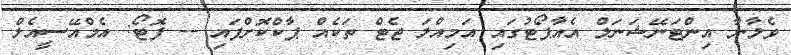
ވެލާނާ އިންޓަނޭޝަނަލް އެއާޕޯޓުގައި އަމިއްލަ ޖެޓް ތަކެއް ޕާކްކޮށްފައި -- ފޮޓޯ: އެމްއޭސީއެލް